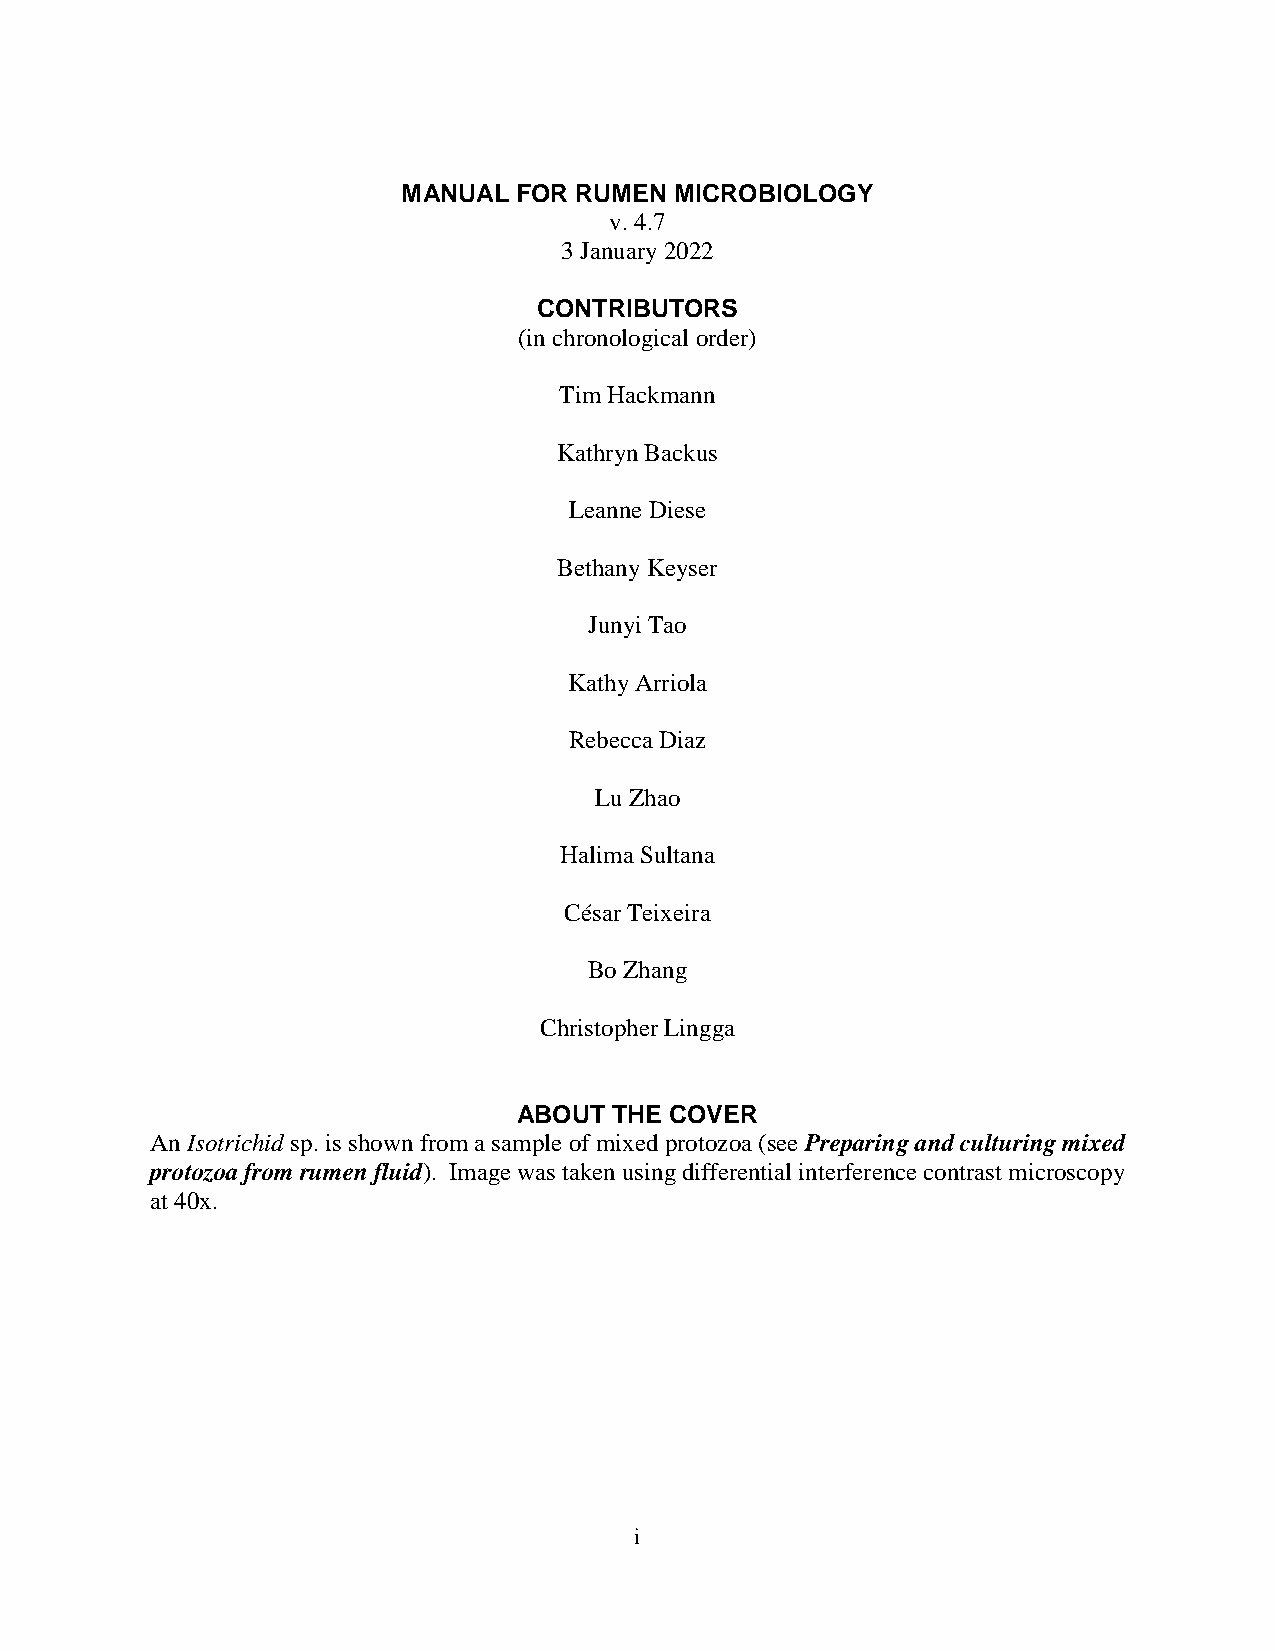
MANUAL FOR RUMEN  MICROBIOLOGY
 v. 4.7
 3 January 2022
 CONTRIBUTORS
 (in chronological order)
 Tim Hackmann
 Kathryn Backus
 Leanne Diese
 Bethany Keyser
 Junyi Tao
 Kathy Arriola
 Rebecca Diaz
 Lu Zhao
 Halima Sultana
 César Teixeira
 .
 Bo Zhang
 Christopher Lingga
 ABOUT  THE COVER
 An Isotrichid sp. is shown from a sample of mixed protozoa (see Preparing and culturing mixed
 protozoa from rumen fluid). Image was taken using differential interference contrast microscopy
 at 40x.
 i